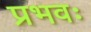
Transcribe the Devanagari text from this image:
प्रभवः